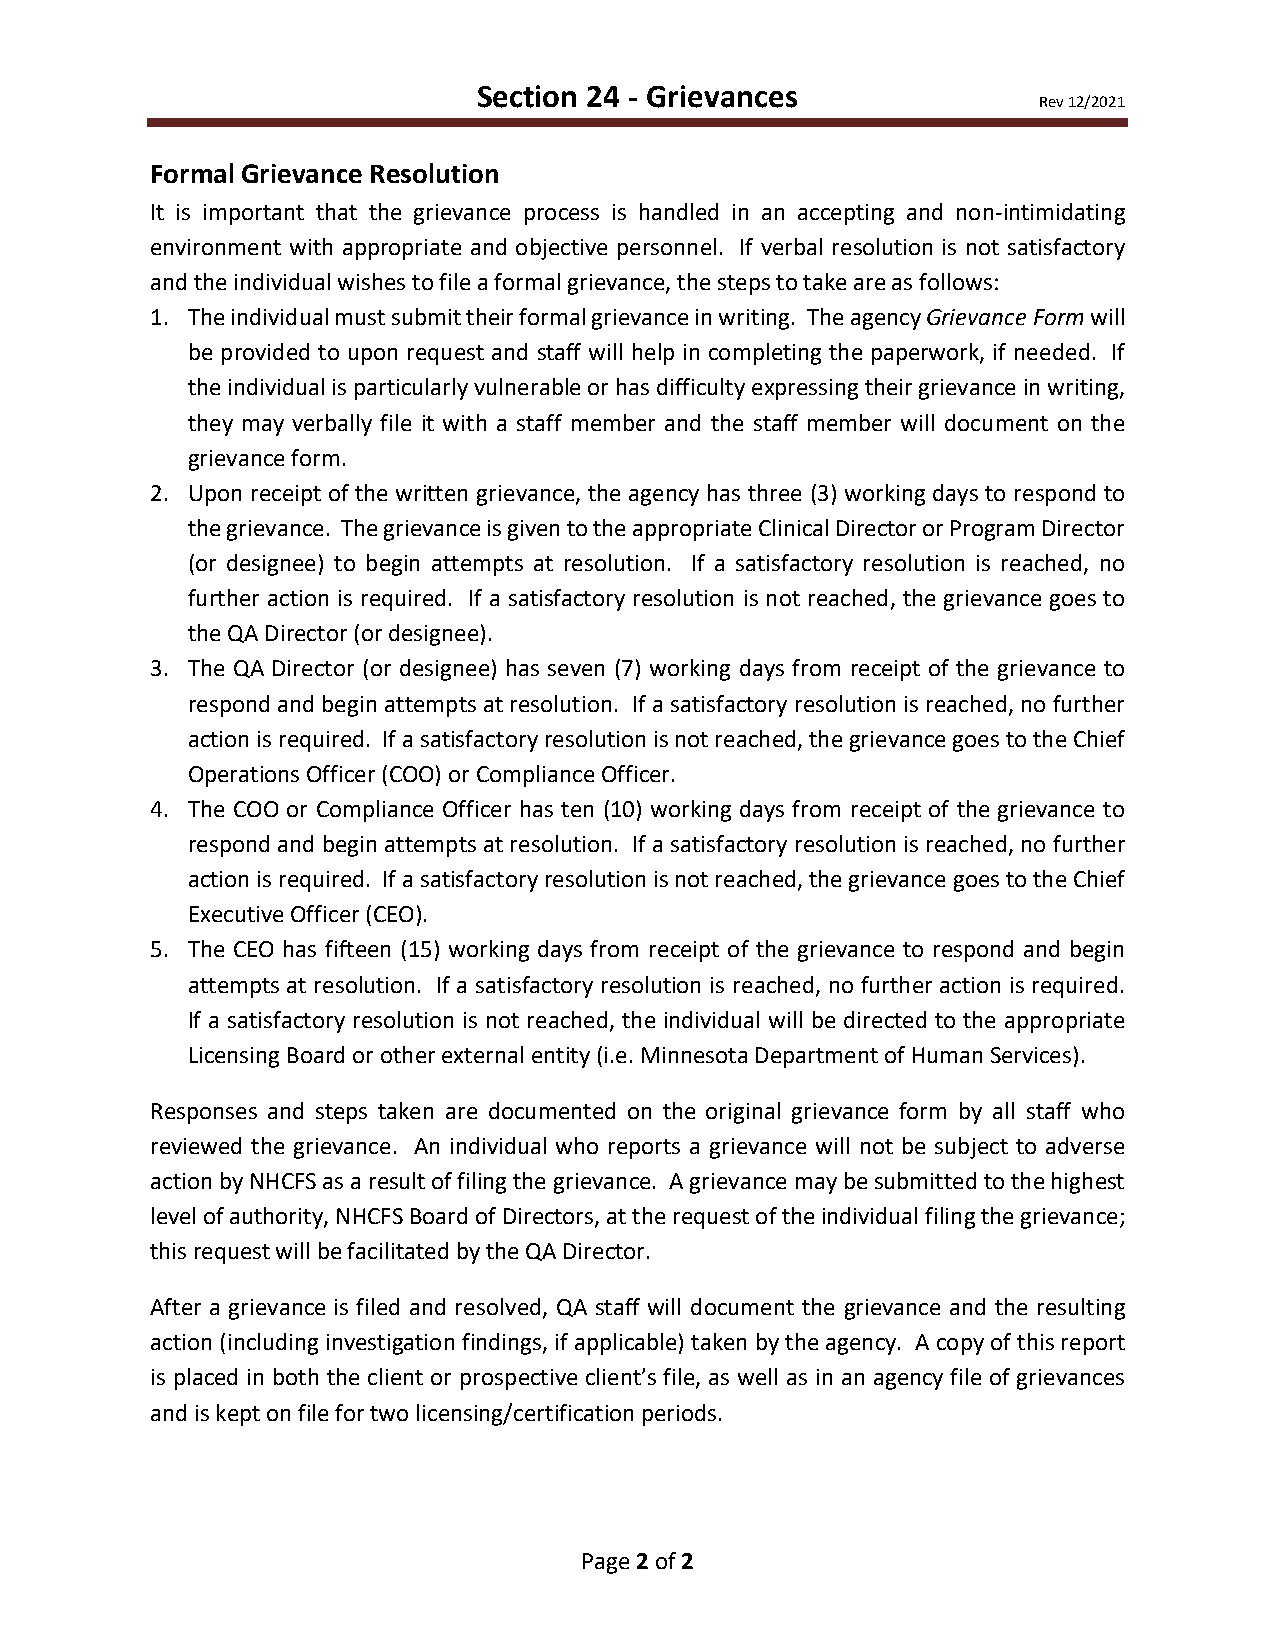
Section 24 - Grievances
 Rev 12/2021
 Formal Grievance Resolution
 It is important that the grievance process is handled in an accepting and non-intimidating
 environment with appropriate and objective personnel. If verbal resolution is not satisfactory
 and the individual wishes to file a formal grievance, the steps to take are as follows:
 1. The individual must submit their formal grievance in writing. The agency Grievance Form will
 be provided to upon request and staff will help in completing the paperwork, if needed. If
 the individual is particularly vulnerable or has difficulty expressing their grievance in writing,
 they may verbally file it with a staff member and the staff member will document on the
 grievance form.
 2. Upon receipt of the written grievance, the agency has three (3) working days to respond to
 the grievance. The grievance is given to the appropriate Clinical Director or Program Director
 (or designee) to begin attempts at resolution. If a satisfactory resolution is reached, no
 further action is required. If a satisfactory resolution is not reached, the grievance goes to
 the QA Director (or designee).
 3. The QA Director (or designee) has seven (7) working days from receipt of the grievance to
 respond and begin attempts at resolution. If a satisfactory resolution is reached, no further
 action is required. If a satisfactory resolution is not reached, the grievance goes to the Chief
 Operations Officer (COO) or Compliance Officer.
 4. The COO or Compliance Officer has ten (10) working days from receipt of the grievance to
 respond and begin attempts at resolution. If a satisfactory resolution is reached, no further
 action is required. If a satisfactory resolution is not reached, the grievance goes to the Chief
 Executive Officer (CEO).
 5. The CEO has fifteen (15) working days from receipt of the grievance to respond and begin
 attempts at resolution. If a satisfactory resolution is reached, no further action is required.
 If a satisfactory resolution is not reached, the individual will be directed to the appropriate
 Licensing Board or other external entity (i.e. Minnesota Department of Human Services).
 Responses and steps taken are documented on the original grievance form by all staff who
 reviewed the grievance. An individual who reports a grievance will not be subject to adverse
 action by NHCFS as a result of filing the grievance. A grievance may be submitted to the highest
 level of authority, NHCFS Board of Directors, at the request of the individual filing the grievance;
 this request will be facilitated by the QA Director.
 After a grievance is filed and resolved, QA staff will document the grievance and the resulting
 action (including investigation findings, if applicable) taken by the agency. A copy of this report
 is placed in both the client or prospective client’s file, as well as in an agency file of grievances
 and is kept on file for two licensing/certification periods.
 Page 2 of 2